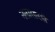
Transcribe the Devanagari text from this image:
नलासारखे